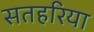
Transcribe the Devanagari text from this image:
सतहरिया